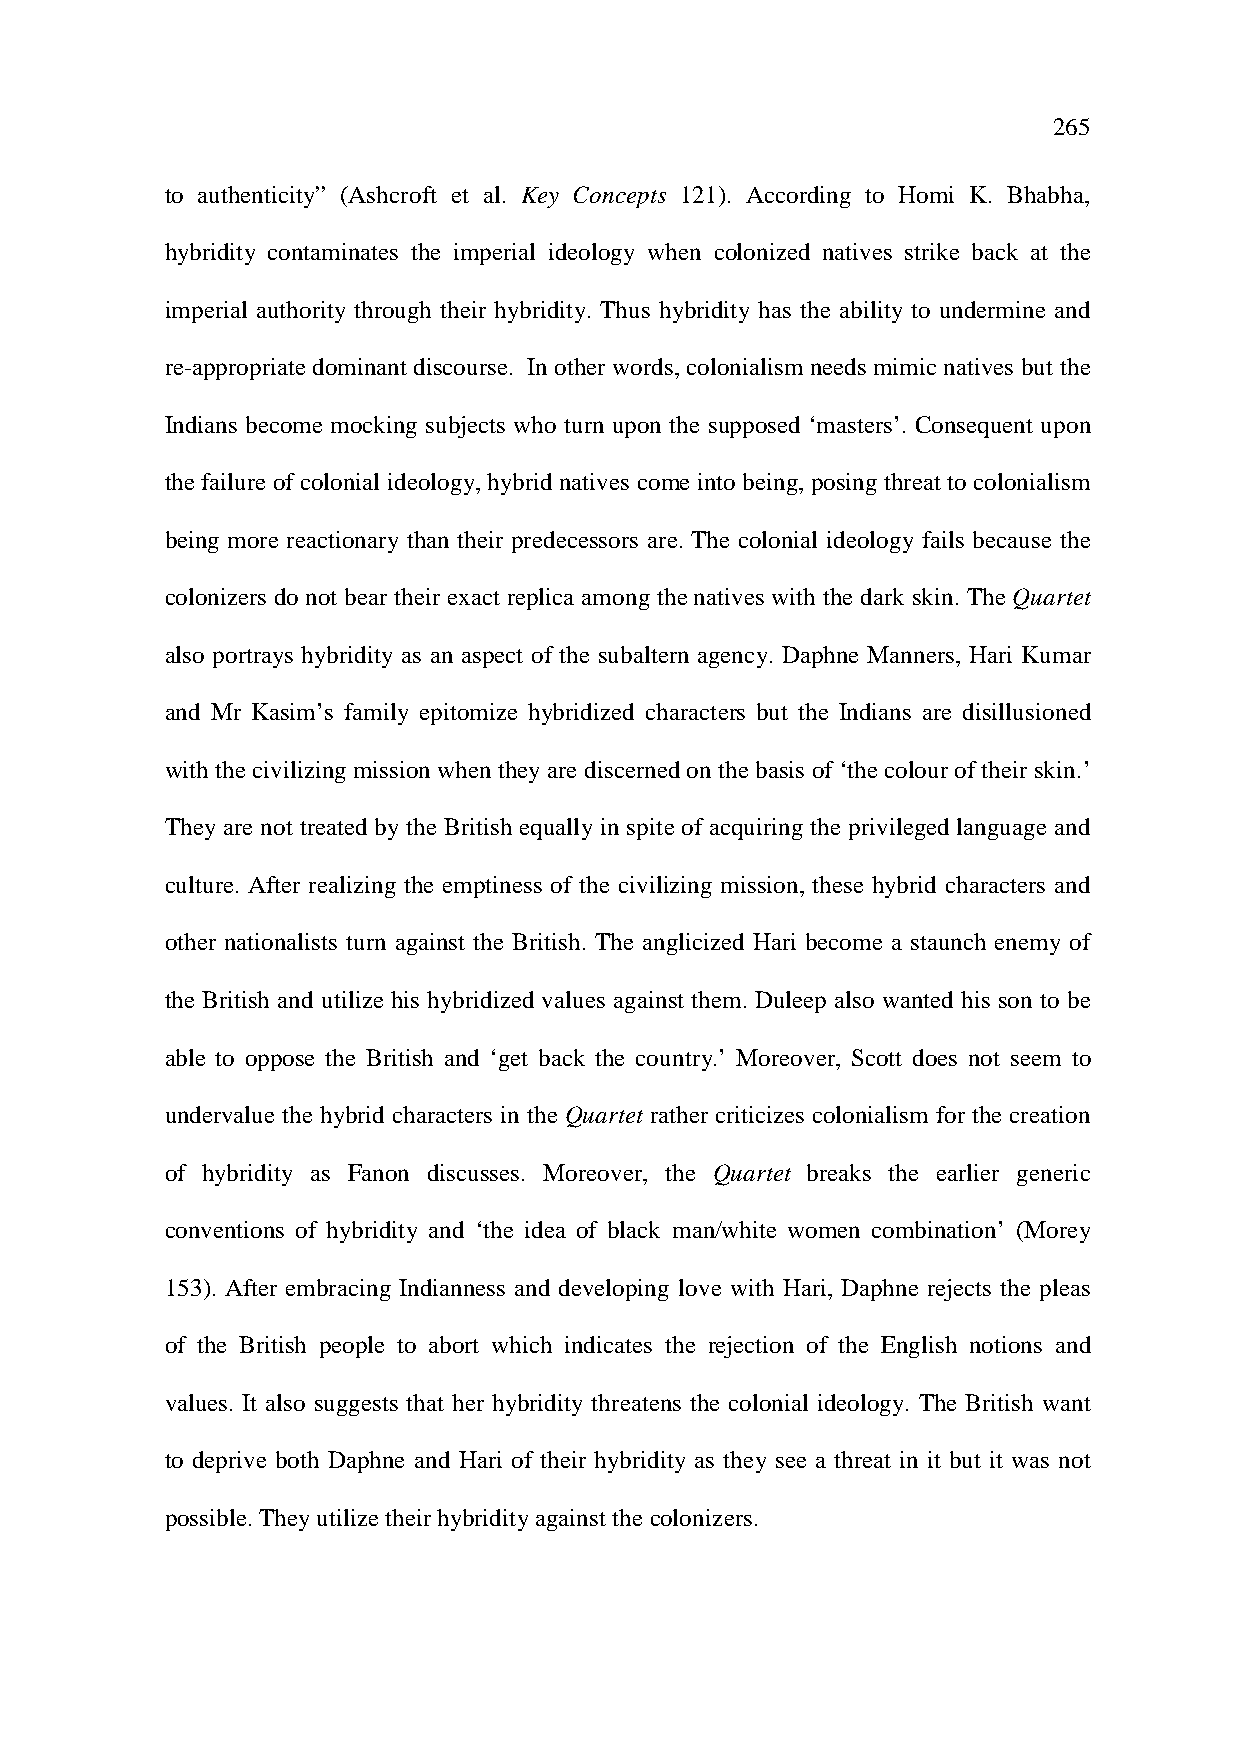
265
 to authenticity” (Ashcroft et al. Key Concepts 121). According to Homi K. Bhabha,
 hybridity contaminates the imperial ideology when colonized natives strike back at the
 imperial authority through their hybridity. Thus hybridity has the ability to undermine and
 re-appropriate dominant discourse. In other words, colonialism needs mimic natives but the
 Indians become mocking subjects who turn upon the supposed ‘masters’. Consequent upon
 the failure of colonial ideology, hybrid natives come into being, posing threat to colonialism
 being more reactionary than their predecessors are. The colonial ideology fails because the
 colonizers do not bear their exact replica among the natives with the dark skin. The Quartet
 also portrays hybridity as an aspect of the subaltern agency. Daphne Manners, Hari Kumar
 and Mr Kasim’s family epitomize hybridized characters but the Indians are disillusioned
 with the civilizing mission when they are discerned on the basis of ‘the colour of their skin.’
 They are not treated by the British equally in spite of acquiring the privileged language and
 culture. After realizing the emptiness of the civilizing mission, these hybrid characters and
 other nationalists turn against the British. The anglicized Hari become a staunch enemy of
 the British and utilize his hybridized values against them. Duleep also wanted his son to be
 able to oppose the British and ‘get back the country.’ Moreover, Scott does not seem to
 undervalue the hybrid characters in the Quartet rather criticizes colonialism for the creation
 of hybridity as Fanon discusses. Moreover, the Quartet breaks the earlier generic
 conventions of hybridity and ‘the idea of black man/white women combination’ (Morey
 153). After embracing Indianness and developing love with Hari, Daphne rejects the pleas
 of the British people to abort which indicates the rejection of the English notions and
 values. It also suggests that her hybridity threatens the colonial ideology. The British want
 to deprive both Daphne and Hari of their hybridity as they see a threat in it but it was not
 possible. They utilize their hybridity against the colonizers.